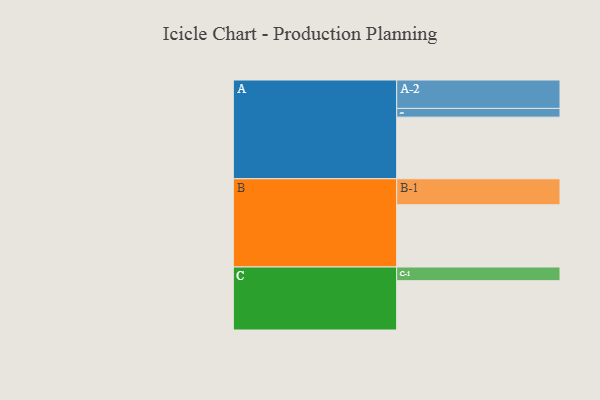
{"axis": {"x": "Segment", "y": "Value"}, "legend": ["", "A", "B", "C"], "data": [{"x": "A", "y": 410, "type": ""}, {"x": "B", "y": 414, "type": ""}, {"x": "C", "y": 328, "type": ""}, {"x": "A-1", "y": 58, "type": "A"}, {"x": "A-2", "y": 189, "type": "A"}, {"x": "B-1", "y": 173, "type": "B"}, {"x": "C-1", "y": 91, "type": "C"}]}